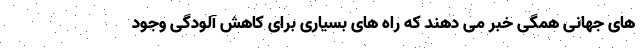
های جهانی همگی خبر می دهند که راه های بسیاری برای کاهش آلودگی وجود